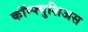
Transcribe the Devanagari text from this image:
कॉन्फ्युशिअस